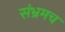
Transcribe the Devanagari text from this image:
संभ्रमच